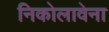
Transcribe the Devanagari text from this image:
निकोलावेना